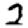
Digit: 2